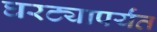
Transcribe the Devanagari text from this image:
घरट्यापर्यंत